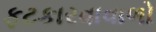
ફટકારવાવાળો